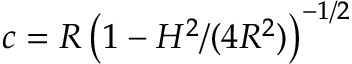
c = R \, \big ( 1 - H ^ { 2 } / ( 4 R ^ { 2 } ) \big ) ^ { - 1 / 2 }